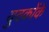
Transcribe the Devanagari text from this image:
युवकोंके